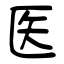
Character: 医